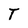
Character: T